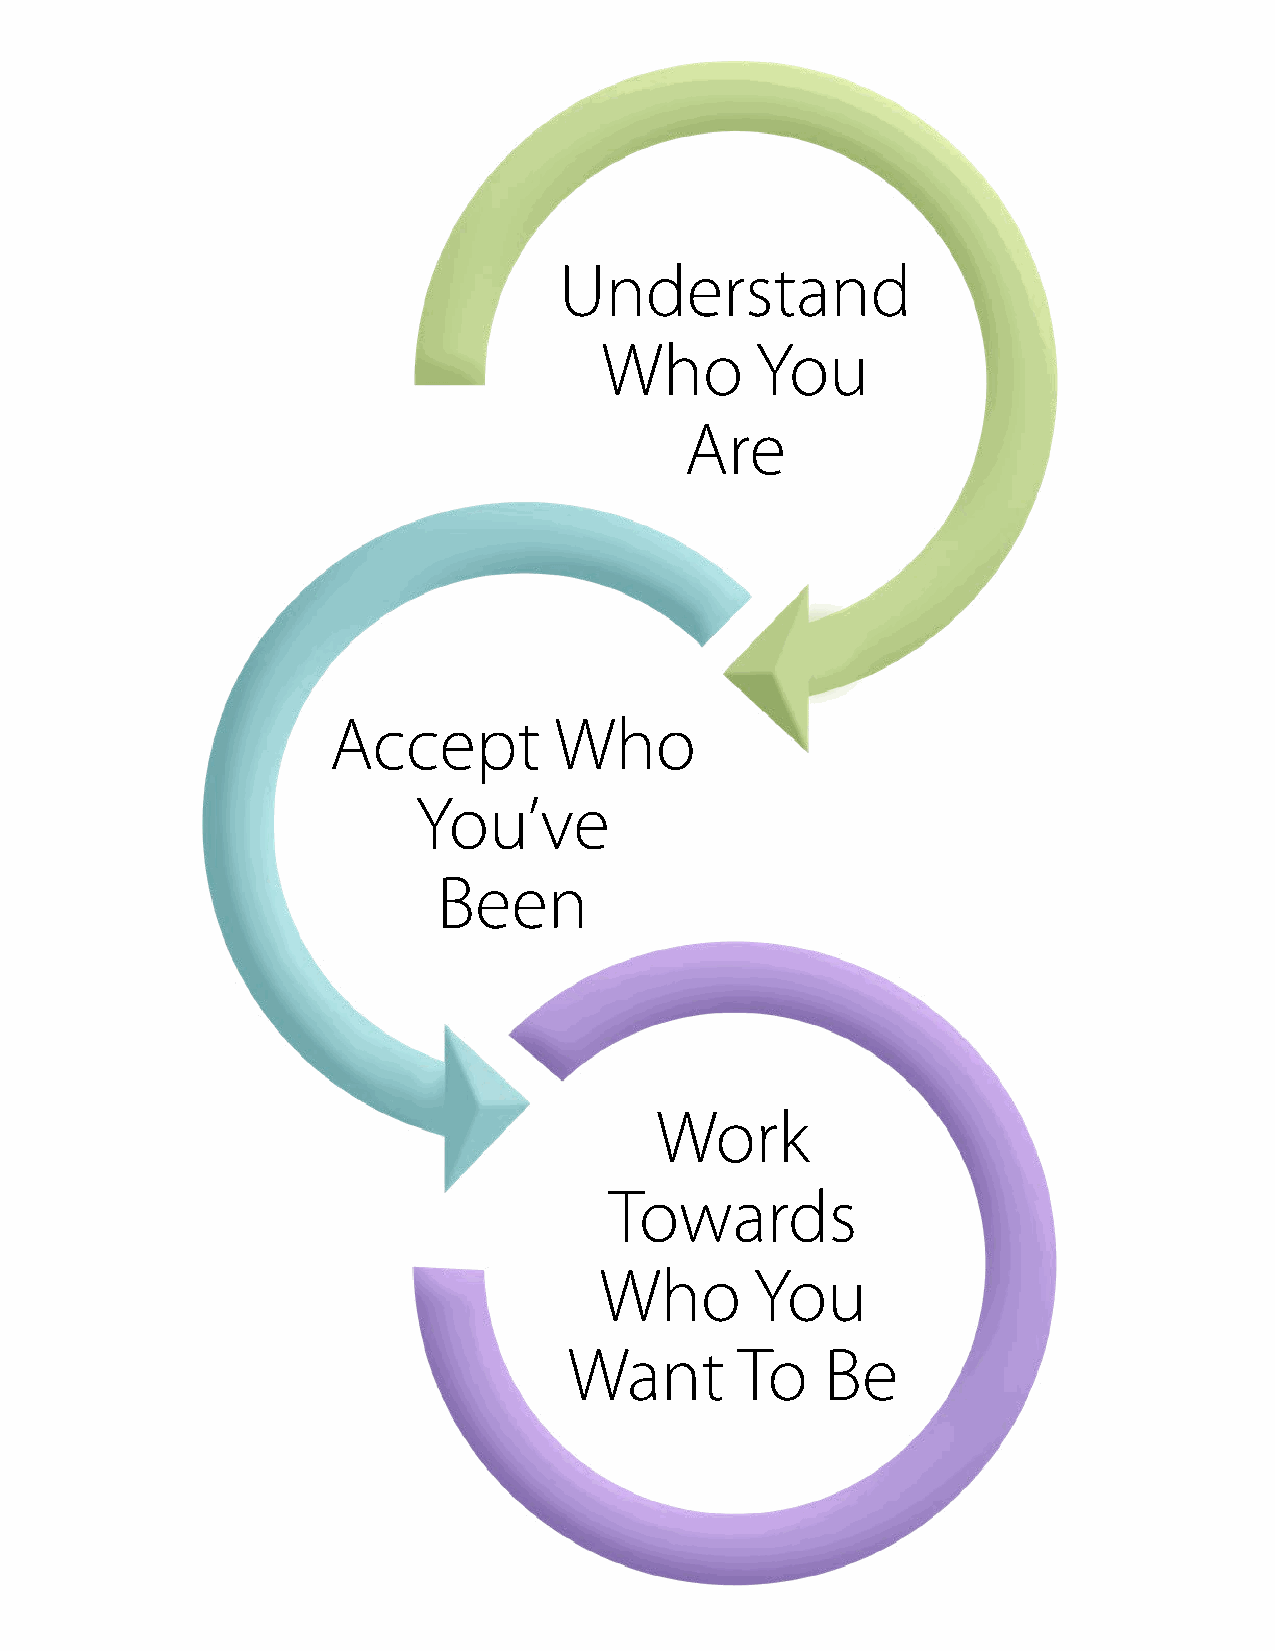
Understand
 Who       You
 Are
 Accept         Who
 You’ve
 Been
 Work
 Towards
 Who       You
 Want       To    Be